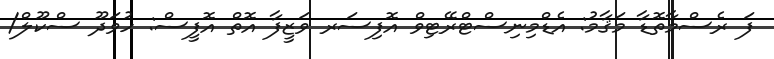
ފަ ރެސްމާތޮޑާ މަޤާމު: އެޑްމިނިސްޓްރޭޓިވް އޮފިސަރ ވަޒީފާ އޮތް އޮފީސް: ހުވަދޫ ސްކޫލް/